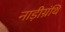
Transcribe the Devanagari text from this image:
नाड़ीग्रंथि